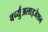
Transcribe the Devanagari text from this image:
वर्च्युअलाइजेशन